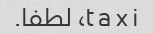
t a x i، لطفا.